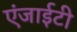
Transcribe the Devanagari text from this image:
एंजाईटी